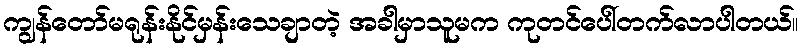
ကျွန်တော်မရုန်းနိုင်မှန်းသေချာတဲ့ အခါမှာသူမက ကုတင်ပေါ်တက်လာပါတယ်။